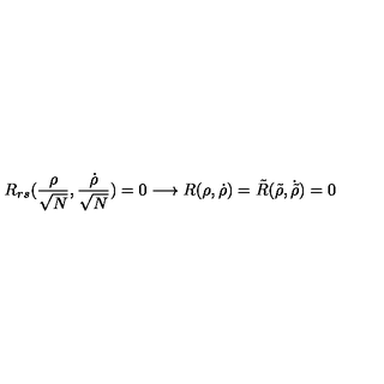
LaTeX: R _ { r s } ( \frac { \rho } { \sqrt N } , \frac { \dot { \rho } } { \sqrt N } ) = 0 \longrightarrow R ( \rho , \dot { \rho } ) = \tilde { R } ( \tilde { \rho } , \dot { \tilde { \rho } } ) = 0